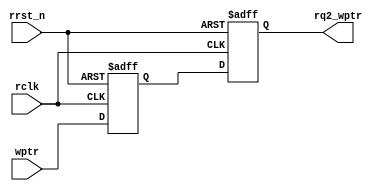
module sync_w2r
#(parameter ADDRSIZE = 6)
(
    output reg [ADDRSIZE:0] rq2_wptr, //
    input           [ADDRSIZE:0] wptr,     //
    input            rclk, rrst_n
);
 
reg [ADDRSIZE:0] rq1_wptr;
 
  always @(posedge rclk or negedge rrst_n)   
      if (!rrst_n)begin
          rq1_wptr <= 0;
          rq2_wptr <= 0;
      end 
      else begin
          rq1_wptr <= wptr;
          rq2_wptr <= rq1_wptr;
      end
        
endmodule